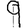
Digit: 9